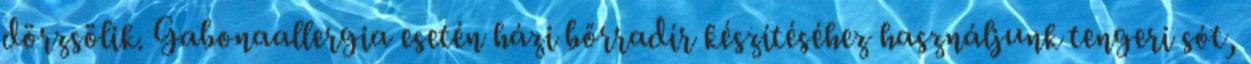
dörzsölik. Gabonaallergia esetén házi bőrradír készítéséhez használjunk tengeri sót,